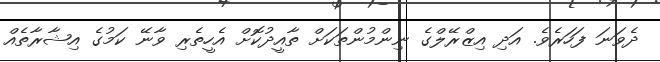
ދެވަނަ ފަހަރެވެ. އަދި އިޒްރޭލްގެ ނިންމުންތަކަށް ތާއީދުކޮށް އެހީތެރި ވާނޭ ކަމުގެ އިޝާރާތެއް